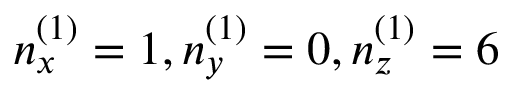
n _ { x } ^ { ( 1 ) } = 1 , n _ { y } ^ { ( 1 ) } = 0 , n _ { z } ^ { ( 1 ) } = 6